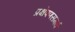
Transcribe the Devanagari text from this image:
प्रक्षेपणसमर्थ